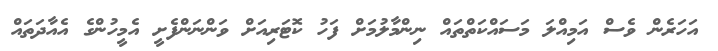
އަހަރެން ވެސް އަމިއްލަ މަސައްކަތްތައް ނިންމާލުމަށް ފަހު ކޮޓަރިއަށް ވަންނަންފެށީ އެމީހުންގެ އެއާދަތައް